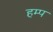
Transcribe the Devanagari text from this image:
हम्प